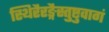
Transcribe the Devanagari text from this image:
स्थिरैरङ्गैस्तुष्टुवागं